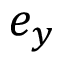
e _ { y }